65_HS1-834228961_62-HQ-83894_SUB_A
Agency: FBI
Page 57
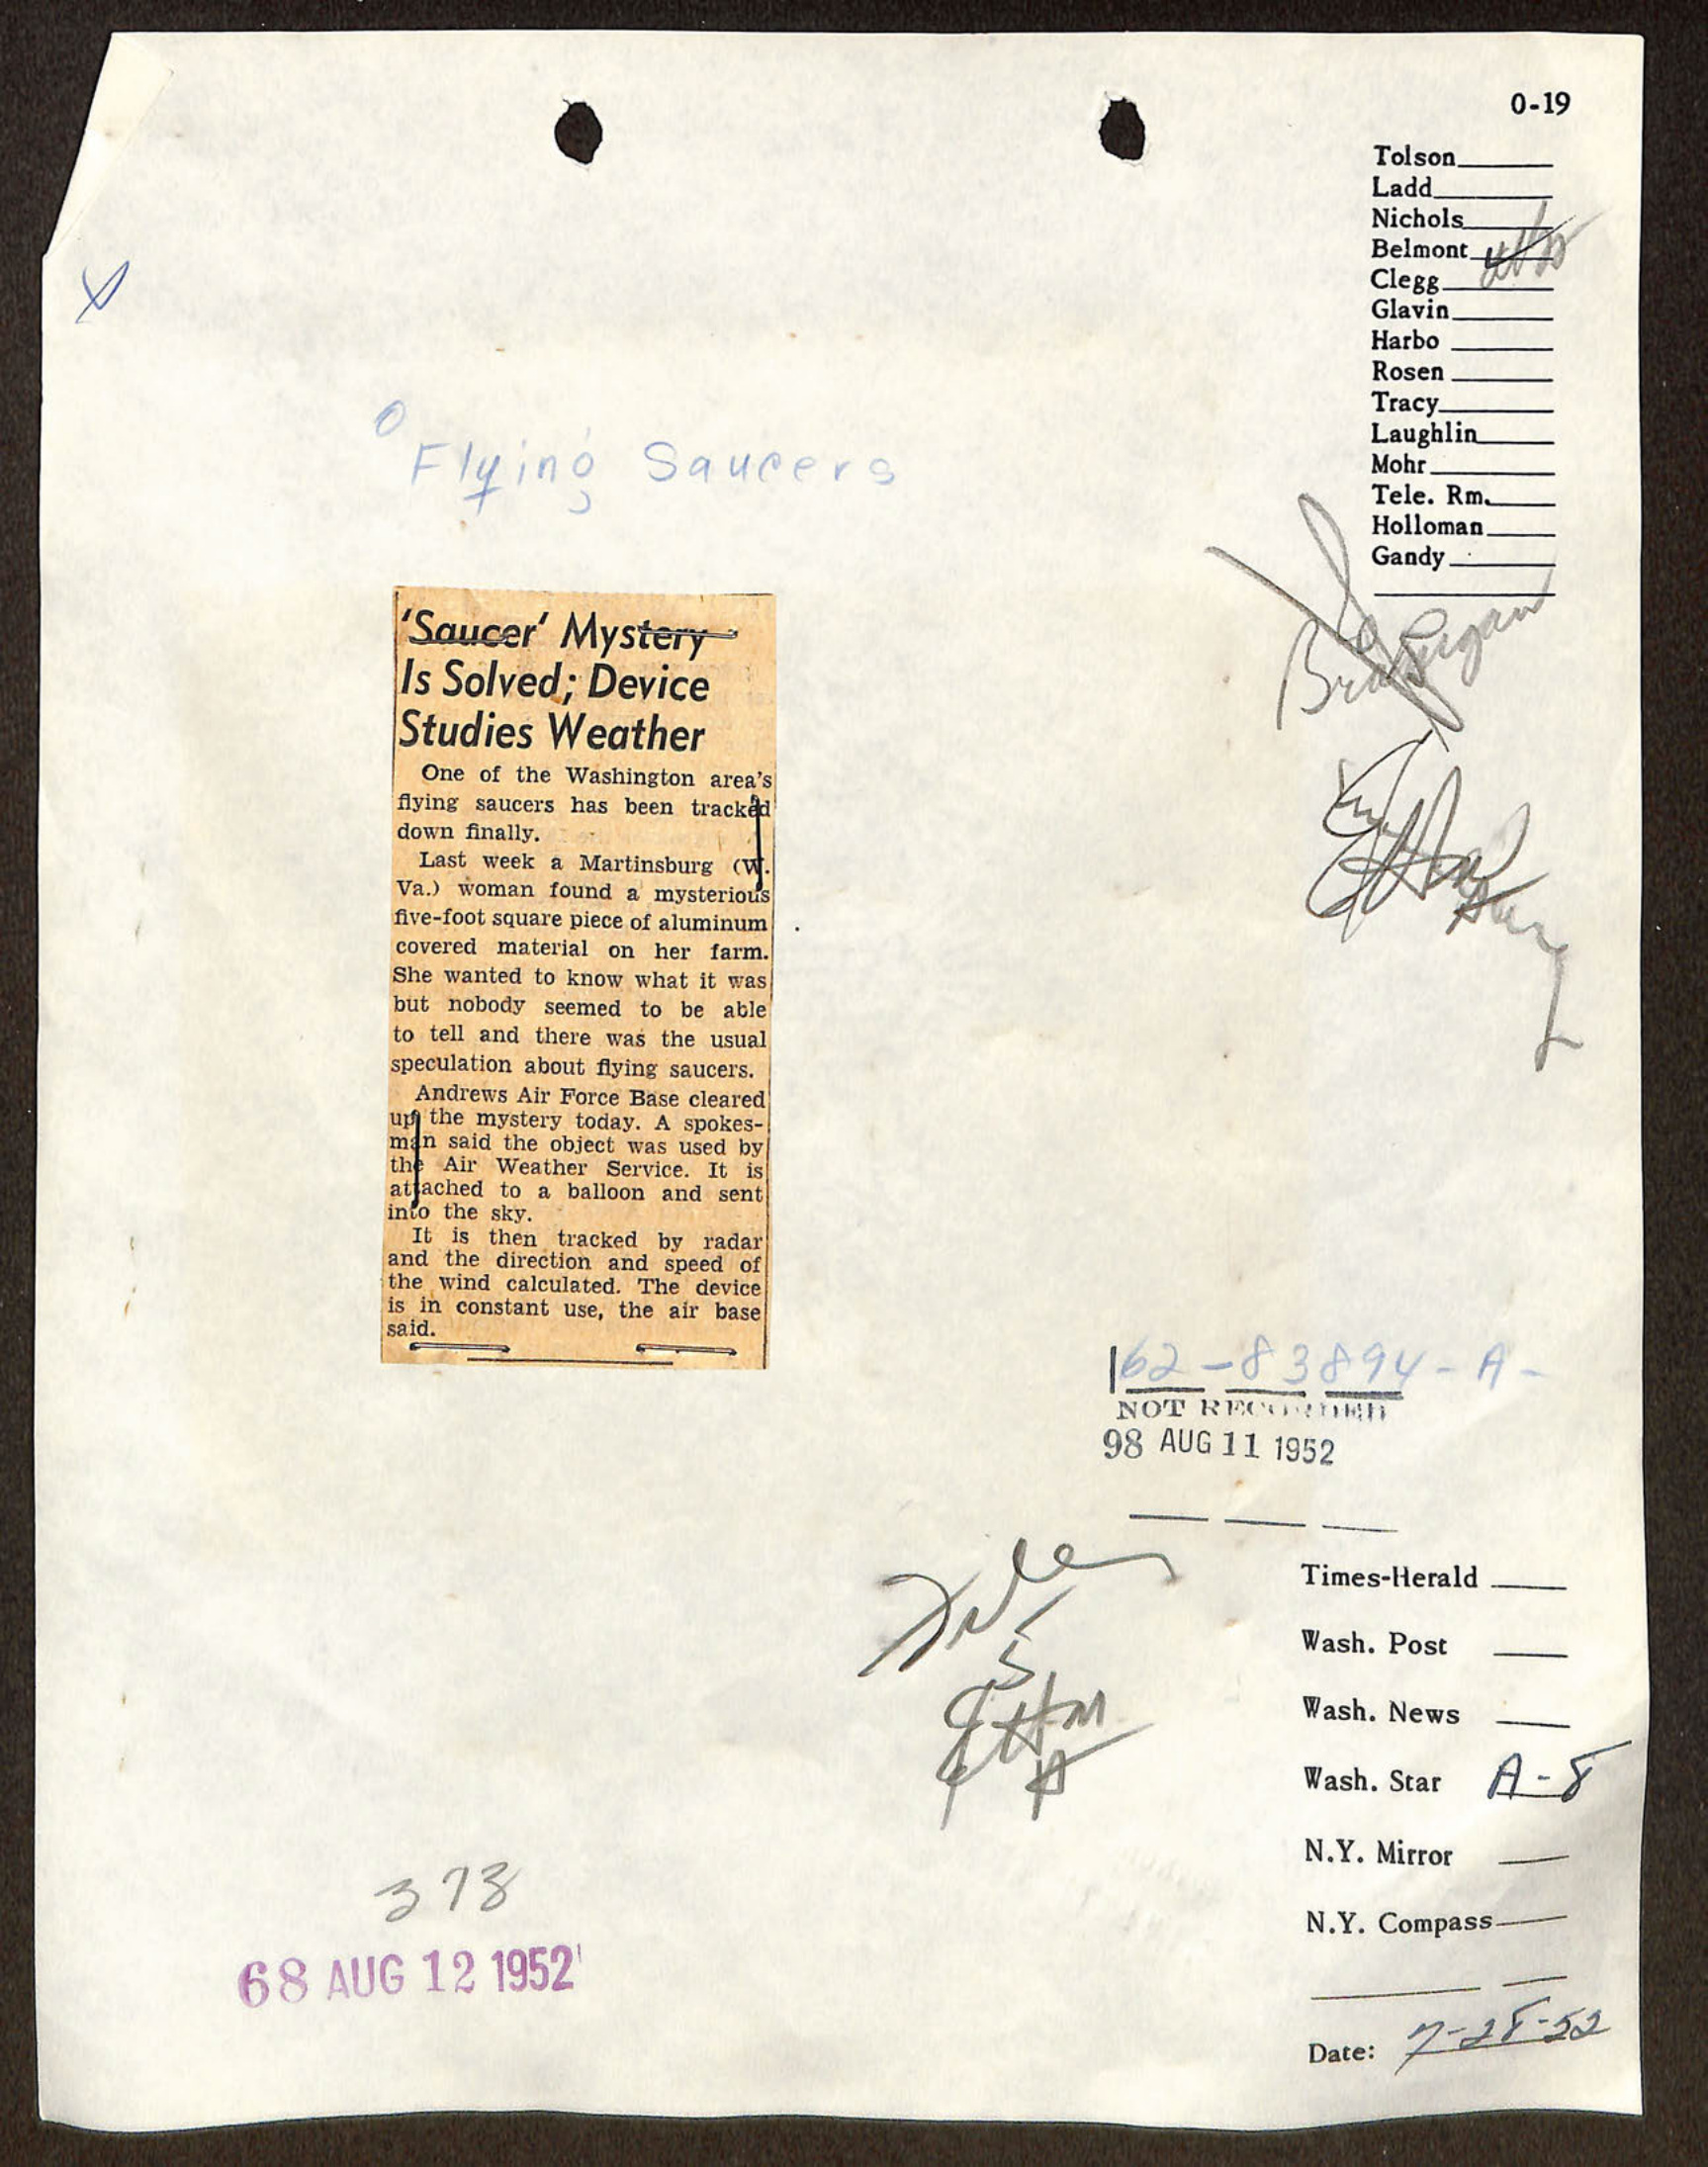